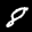
Label: 8